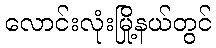
လောင်းလုံးမြို့နယ်တွင်